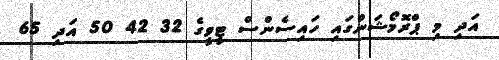
އަދި މި ޕްރޮމޯޝަންގައި ހައިސެންސް ޓީވީގެ 32 42 50 އަދި 65